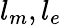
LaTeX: l_{m},l_{e}